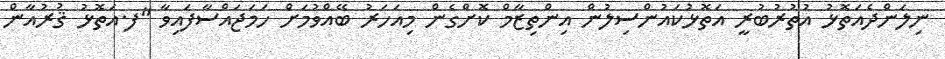
ނިލަންދެއަތޮޅު އުތުރުބުރީ އަތޮޅުކައުންސިލުން އިންތިޒާމް ކޮށްގެން މިއަހަރު ބޭއްވުމަށް ހަމަޖައްސާފައިވާ "ފ.އަތޮޅު ޤުރުއާން